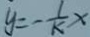
y = - \frac { 1 } { k } x